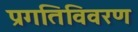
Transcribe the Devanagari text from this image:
प्रगतिविवरण